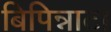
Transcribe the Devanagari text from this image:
बिपिन्नाटा